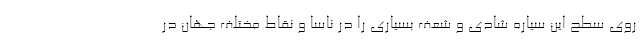
روی سطح این سیاره شادی و شعف بسیاری را در ناسا و نقاط مختلف جهان در